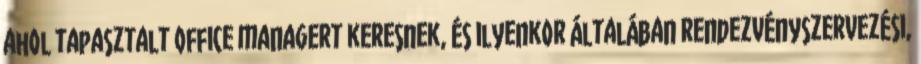
ahol tapasztalt office managert keresnek, és ilyenkor általában rendezvényszervezési,